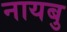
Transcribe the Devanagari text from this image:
नायबु